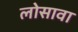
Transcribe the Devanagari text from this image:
लोसावा